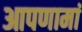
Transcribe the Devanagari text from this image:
आपणामां